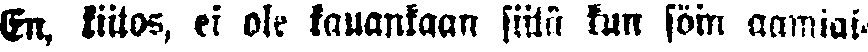
En, kiitos, ei ole kauankaan siitä kun söin aamiai-